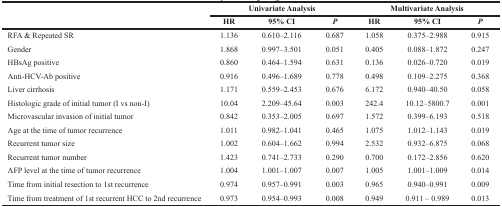
<table><thead><tr><td rowspan="2"></td><td colspan="3"><b>Univariate Analysis</b></td><td colspan="3"><b>Multivariate Analysis</b></td></tr><tr><td><b>HR</b></td><td><b>95% CI</b></td><td><b><i>P</i></b></td><td><b>HR</b></td><td><b>95% CI</b></td><td><b><i>P</i></b></td></tr></thead><tbody><tr><td>RFA &amp; Repeated SR</td><td>1.136</td><td>0.610–2.116</td><td>0.687</td><td>1.058</td><td>0.375–2.988</td><td>0.915</td></tr><tr><td>Gender</td><td>1.868</td><td>0.997–3.501</td><td>0.051</td><td>0.405</td><td>0.088–1.872</td><td>0.247</td></tr><tr><td>HBsAg positive</td><td>0.860</td><td>0.464–1.594</td><td>0.631</td><td>0.136</td><td>0.026–0.720</td><td>0.019</td></tr><tr><td>Anti-HCV-Ab positive</td><td>0.916</td><td>0.496–1.689</td><td>0.778</td><td>0.498</td><td>0.109–2.275</td><td>0.368</td></tr><tr><td>Liver cirrhosis</td><td>1.171</td><td>0.559–2.453</td><td>0.676</td><td>6.172</td><td>0.940–40.50</td><td>0.058</td></tr><tr><td>Histologic grade of initial tumor (I vs non-I)</td><td>10.04</td><td>2.209–45.64</td><td>0.003</td><td>242.4</td><td>10.12–5800.7</td><td>0.001</td></tr><tr><td>Microvascular invasion of initial tumor</td><td>0.842</td><td>0.353–2.005</td><td>0.697</td><td>1.572</td><td>0.399–6.193</td><td>0.518</td></tr><tr><td>Age at the time of tumor recurrence</td><td>1.011</td><td>0.982–1.041</td><td>0.465</td><td>1.075</td><td>1.012–1.143</td><td>0.019</td></tr><tr><td>Recurrent tumor size</td><td>1.002</td><td>0.604–1.662</td><td>0.994</td><td>2.532</td><td>0.932–6.875</td><td>0.068</td></tr><tr><td>Recurrent tumor number</td><td>1.423</td><td>0.741–2.733</td><td>0.290</td><td>0.700</td><td>0.172–2.856</td><td>0.620</td></tr><tr><td>AFP level at the time of tumor recurrence</td><td>1.004</td><td>1.001–1.007</td><td>0.007</td><td>1.005</td><td>1.001–1.009</td><td>0.014</td></tr><tr><td>Time from initial resection to 1st recurrence</td><td>0.974</td><td>0.957–0.991</td><td>0.003</td><td>0.965</td><td>0.940–0.991</td><td>0.009</td></tr><tr><td>Time from treatment of 1st recurrent HCC to 2nd recurrence</td><td>0.973</td><td>0.954–0.993</td><td>0.008</td><td>0.949</td><td>0.911 – 0.989</td><td>0.013</td></tr></tbody></table>